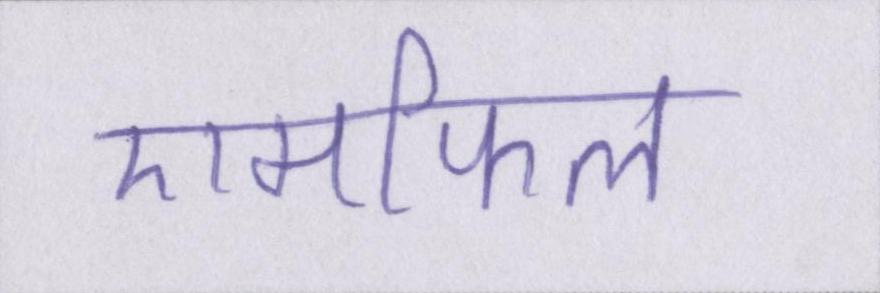
एमफिल